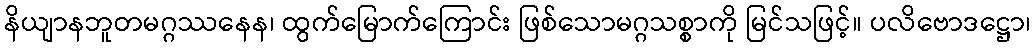
နိယျာနဘူတမဂ္ဂဿနေန၊ ထွက်မြောက်ကြောင်း ဖြစ်သောမဂ္ဂသစ္စာကို မြင်သဖြင့်။ ပလိဗောဒဋ္ဌော၊